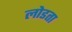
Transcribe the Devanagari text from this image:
लोडता